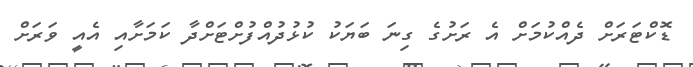
ޑޮކްޓަރަށް ދެއްކުމަށް އެ ރަށުގެ ގިނަ ބަޔަކު ކުޅުދުއްފުށްޓަށްދާ ކަމަށާއި އެއީ ވަރަށް